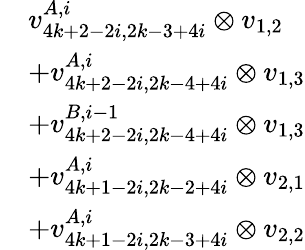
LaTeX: \begin{array}{rl}&{v_{4k+2-2i,2k-3+4i}^{A,i}\otimes v_{1,2}}\\ &{+v_{4k+2-2i,2k-4+4i}^{A,i}\otimes v_{1,3}}\\ &{+v_{4k+2-2i,2k-4+4i}^{B,i-1}\otimes v_{1,3}}\\ &{+v_{4k+1-2i,2k-2+4i}^{A,i}\otimes v_{2,1}}\\ &{+v_{4k+1-2i,2k-3+4i}^{A,i}\otimes v_{2,2}}\end{array}